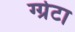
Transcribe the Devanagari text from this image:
ग्ग्रेटा